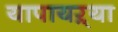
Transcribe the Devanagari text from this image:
यापायऱ्या